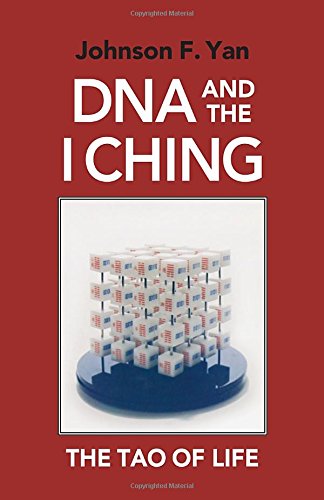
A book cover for DNA and the I Ching: The Tao of Life; Johnson F. Yan; Religion & Spirituality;